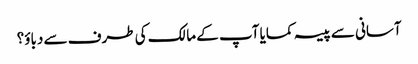
آسانی سے پیسہ کمایا آپ کے مالک کی طرف سے دباؤ؟